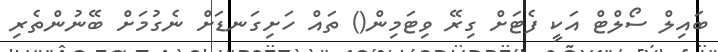
ބައިލް ސޯލްޓް އަކީ ފެޓަށް ގިރޭ ވިޓަމިން() ތައް ހަށިގަނޑަށް ނެގުމަށް ބޭނުންތެރި